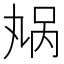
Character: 𫡬